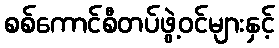
စစ်ကောင်စီတပ်ဖွဲ့ဝင်များနှင့်